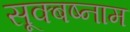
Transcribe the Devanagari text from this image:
सूक्बष्नाम